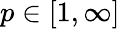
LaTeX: p\in[1,\infty]